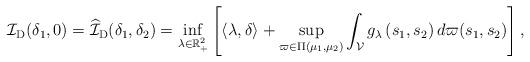
LaTeX: \begin{align*}\mathcal{I}_{\mathrm{D}}(\delta_1, 0) = \widehat{\mathcal{I}}_{\mathrm{D}} (\delta_1, \delta_2) = \inf _{\lambda \in \mathbb{R}_{+}^2 }\left[ \langle\lambda, \delta \rangle+\sup _{\varpi \in \Pi\left(\mu_1, \mu_2\right)} \int_{\mathcal{V}} g_\lambda \left(s_1, s_2\right) d \varpi(s_1,s_2)\right],\end{align*}